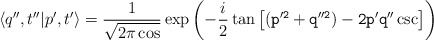
\begin{align*}\langle q'',t''| p',t'\rangle = {1\over \sqrt{ 2\pi\cos\tt}}\exp\left(-{i\over 2}\tan\tt\left[(p'^{2}+q''^{2}) -2p'q''\csc\tt\right]\right)\end{align*}